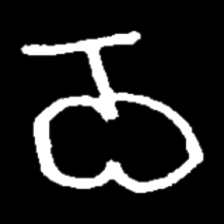
Pyu character \u2014 Myanmar letter: ဝ (romanized: wa)